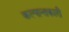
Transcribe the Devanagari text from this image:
कल्पान्तकारी